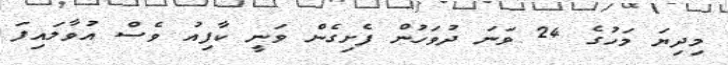
މިދިޔަ މަހުގެ 24 ވަނަ ދުވަހުން ފެށިގެން ވަނީ ކާފިއު ވެސް އުވާލައިފަ